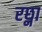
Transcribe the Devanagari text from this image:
रछ्ना